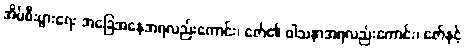
အိမ်စီးပွားရေး အခြေအနေအရလည်းကောင်း၊ ဇော်၏ ဝါသနာအရလည်းကောင်း၊ ဇော်နှင့်